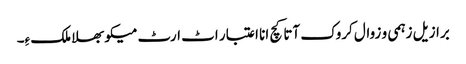
برازیل زہمی و زوال کروک آتا کچ انا اعتبار اٹ ارٹ میکو بھلا ملک ءِ۔